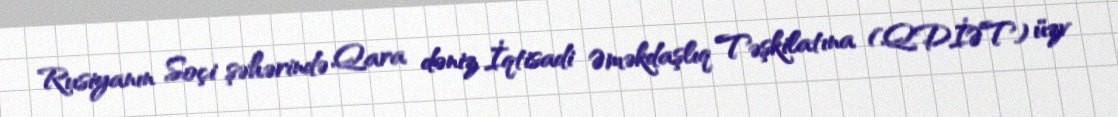
Rusiyanın Soçi şəhərində Qara dəniz İqtisadi Əməkdaşlıq Təşkilatına (QDİƏT) üzv